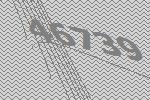
46739